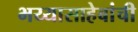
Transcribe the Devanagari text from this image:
भय्यासाहेबांची